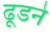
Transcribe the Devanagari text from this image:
ढूडने